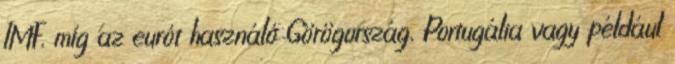
IMF, míg az eurót használó Görögország, Portugália vagy például